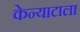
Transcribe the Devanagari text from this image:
केन्याटाला